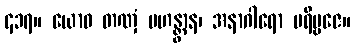
၄၁၇။ ယောဓ တဏှံ ပဟန္တွာန၊ အနာဂါရော ပရိဗ္ဗဇေ။